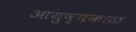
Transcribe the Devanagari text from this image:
आयुष्यकाळ